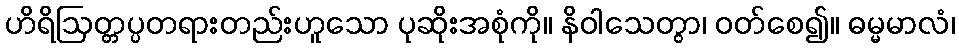
ဟိရိဩတ္တပ္ပတရားတည်းဟူသော ပုဆိုးအစုံကို။ နိဝါသေတွာ၊ ဝတ်စေ၍။ ဓမ္မမာလံ၊